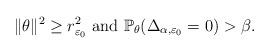
LaTeX: \begin{align*}\|\theta\|^2\geq r_{\varepsilon_0}^2\mbox{ and } \mathbb{P}_\theta(\Delta_{\alpha, \varepsilon_0}=0) > \beta.\end{align*}